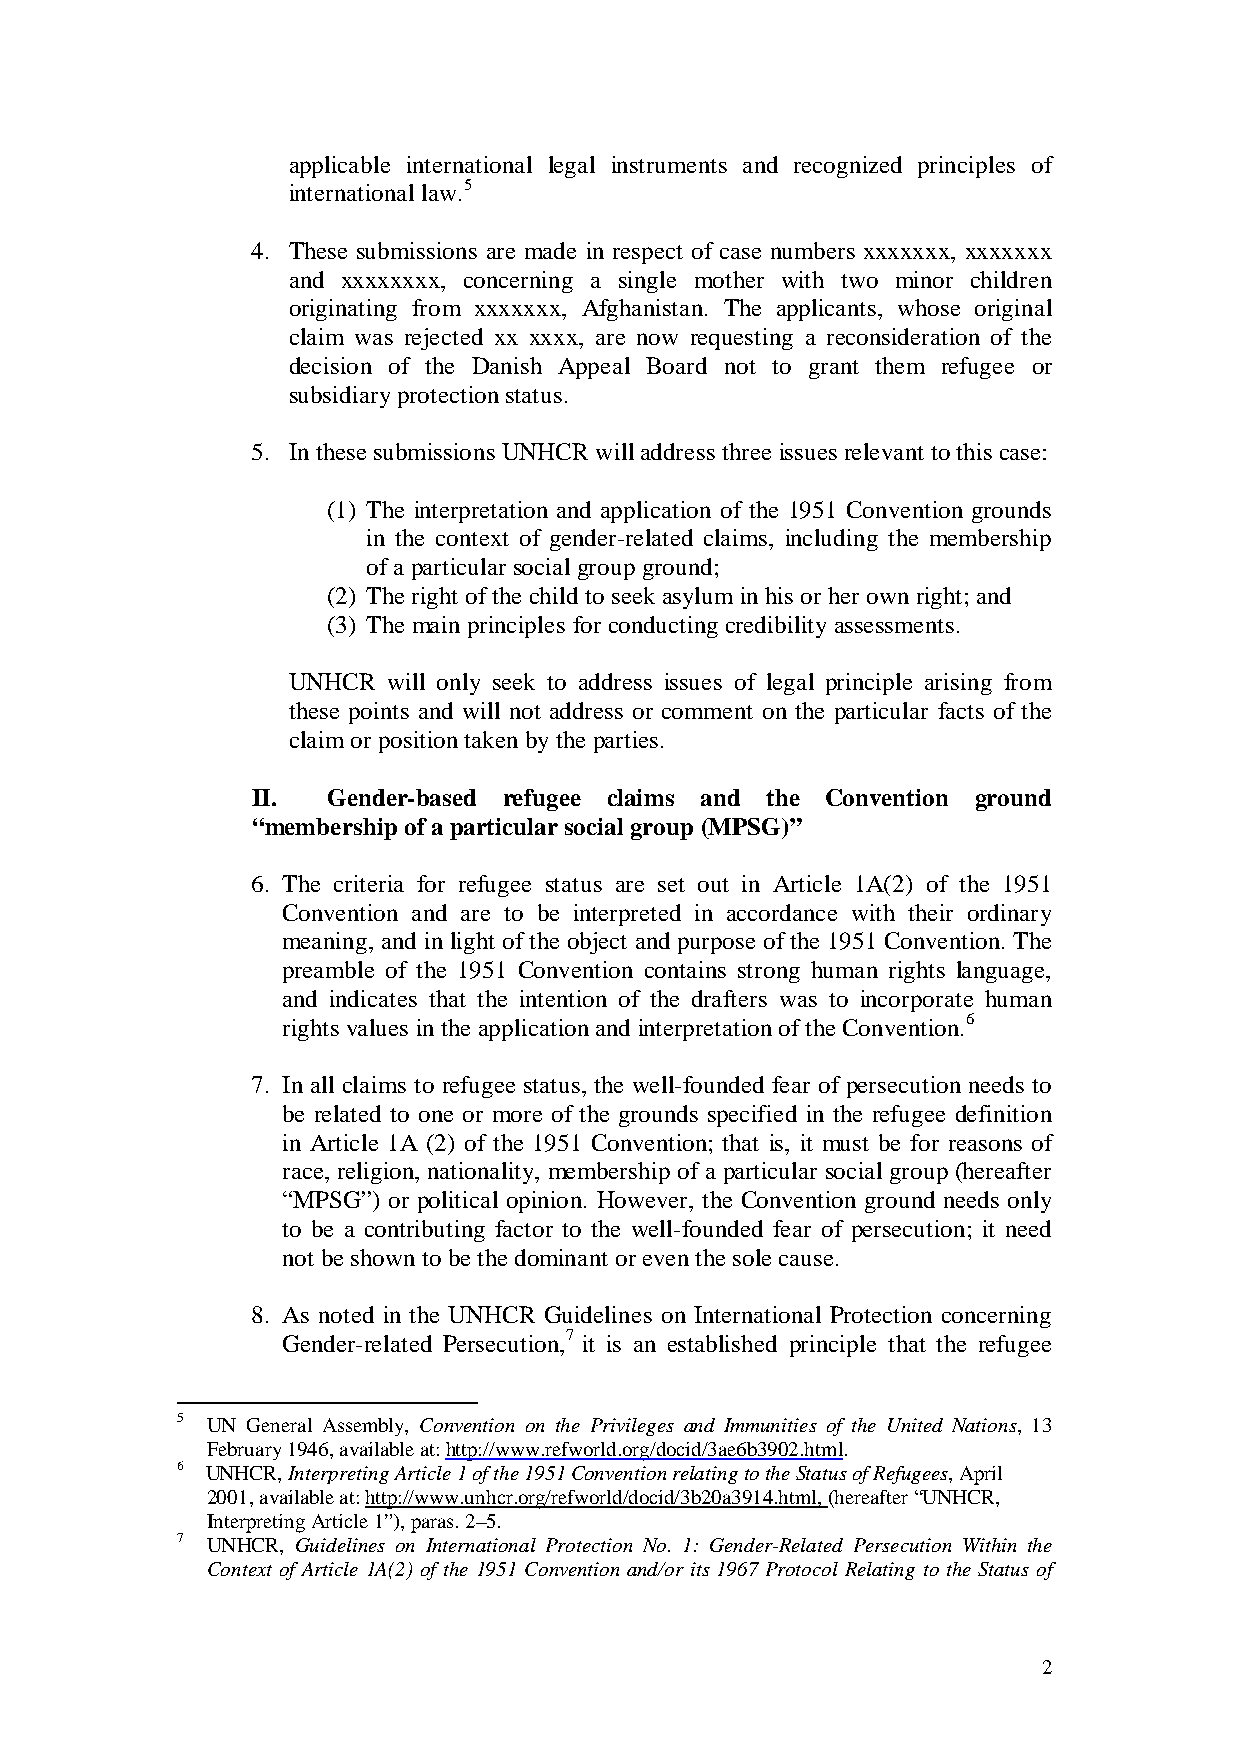
applicable international legal instruments and recognized principles of
 international law.5
 4. These submissions are made in respect of case numbers xxxxxxx, xxxxxxx
 and xxxxxxxx, concerning a single mother with two minor children
 originating from xxxxxxx, Afghanistan. The applicants, whose original
 claim was rejected xx xxxx, are now requesting a reconsideration of the
 decision of the Danish Appeal Board not to grant them refugee or
 subsidiary protection status.
 5. In these submissions UNHCR will address three issues relevant to this case:
 (1) The interpretation and application of the 1951 Convention grounds
 in the context of gender-related claims, including the membership
 of a particular social group ground;
 (2) The right of the child to seek asylum in his or her own right; and
 (3) The main principles for conducting credibility assessments.
 UNHCR  will only seek to address issues of legal principle arising from
 these points and will not address or comment on the particular facts of the
 claim or position taken by the parties.
 II.  Gender-based refugee claims and the Convention ground
 “membership of a particular social group (MPSG)”
 6. The criteria for refugee status are set out in Article 1A(2) of the 1951
 Convention and are to be interpreted in accordance with their ordinary
 meaning, and in light of the object and purpose of the 1951 Convention. The
 preamble of the 1951 Convention contains strong human rights language,
 and indicates that the intention of the drafters was to incorporate human
 rights values in the application and interpretation of the Convention.6
 7. In all claims to refugee status, the well-founded fear of persecution needs to
 be related to one or more of the grounds specified in the refugee definition
 in Article 1A (2) of the 1951 Convention; that is, it must be for reasons of
 race, religion, nationality, membership of a particular social group (hereafter
 “MPSG”) or political opinion. However, the Convention ground needs only
 to be a contributing factor to the well-founded fear of persecution; it need
 not be shown to be the dominant or even the sole cause.
 8. As noted in the UNHCR Guidelines on International Protection concerning
 Gender-related Persecution,7 it is an established principle that the refugee
 5 UN General Assembly, Convention on the Privileges and Immunities of the United Nations, 13
 February 1946, available at: http://www.refworld.org/docid/3ae6b3902.html.
 6 UNHCR, Interpreting Article 1 of the 1951 Convention relating to the Status of Refugees, April
 2001, available at: http://www.unhcr.org/refworld/docid/3b20a3914.html, (hereafter “UNHCR,
 Interpreting Article 1”), paras. 2–5.
 7 UNHCR, Guidelines on International Protection No. 1: Gender-Related Persecution Within the
 Context of Article 1A(2) of the 1951 Convention and/or its 1967 Protocol Relating to the Status of
 2